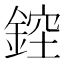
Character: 𨨁